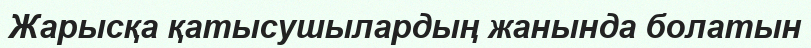
Жарысқа қатысушылардың жанында болатын